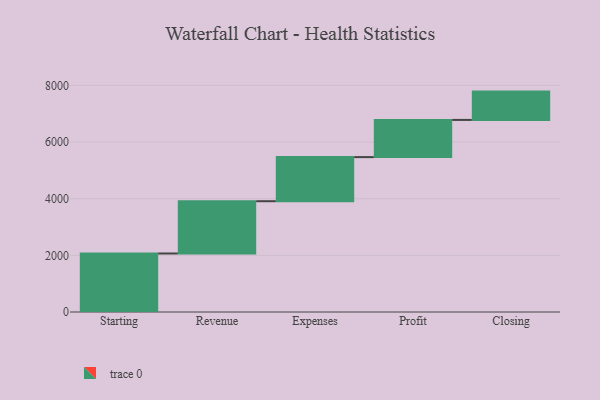
{"axis": {"x": "Step", "y": "Value"}, "legend": [""], "data": [{"x": "Starting", "y": 2066.0, "type": ""}, {"x": "Revenue", "y": 1846.0, "type": ""}, {"x": "Expenses", "y": 1557.0, "type": ""}, {"x": "Profit", "y": 1313.0, "type": ""}, {"x": "Closing", "y": 1000, "type": ""}]}